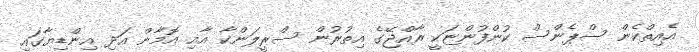
އެއިތްކެން ސްޕެންސް ކުންފުންޏަކީ ރާއްޖޭގެ އިތުރުން ސްރީލަންކާ އާއި އޮމާން އަދި އިންޑިޔާގައި